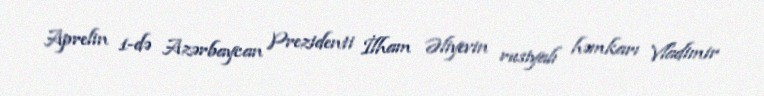
Aprelin 1-də Azərbaycan Prezidenti İlham Əliyevin rusiyalı həmkarı Vladimir